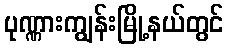
ပုဏ္ဏားကျွန်းမြို့နယ်တွင်